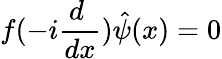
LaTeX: f(-i\frac{d~}{dx})\hat{\psi}(x)=0